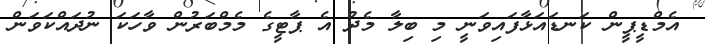
އެމްޑީޕީން ކަނޑައަޅާފައިވަނީ މި ބިލާ މެދު އެ ޕާޓީގެ މެމްބަރުން ވާހަކަ ނުދައްކަވަން